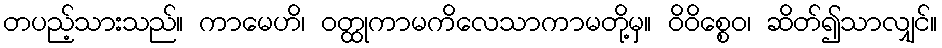
တပည့်သားသည်။ ကာမေဟိ၊ ဝတ္ထုကာမကိလေသာကာမတို့မှ။ ဝိဝိစ္စေဝ၊ ဆိတ်၍သာလျှင်။